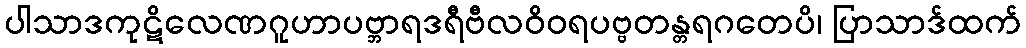
ပါသာဒကုဋိလေဏဂူဟာပဗ္ဘာရဒရီဗီလဝိဝရပဗ္ဗတန္တရဂတေပိ၊ ပြာသာဒ်ထက်